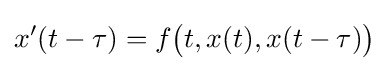
x'(t-\tau )=f{\bigl (}t,x(t),x(t-\tau ){\bigr )}